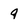
Character: q